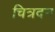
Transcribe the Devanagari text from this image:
चित्रदन